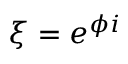
\xi = e ^ { \phi i }